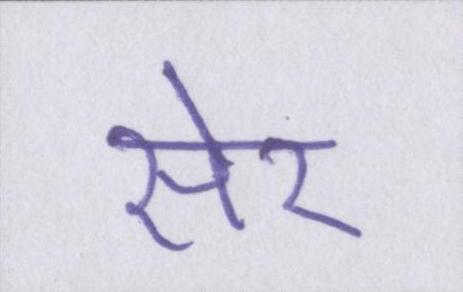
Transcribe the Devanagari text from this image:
सेर